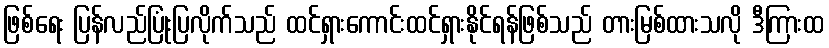
ဖြစ်ရေး ပြန်လည်ပြုံးပြလိုက်သည် ထင်ရှားကောင်းထင်ရှားနိုင်ရန်ဖြစ်သည် တားမြစ်ထားသလို ဒီကြားထ